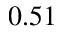
0 . 5 1